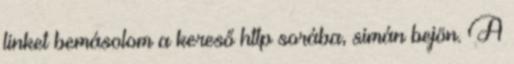
linket bemásolom a kereső http sorába, simán bejön. A